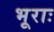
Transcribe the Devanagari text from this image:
भूराः